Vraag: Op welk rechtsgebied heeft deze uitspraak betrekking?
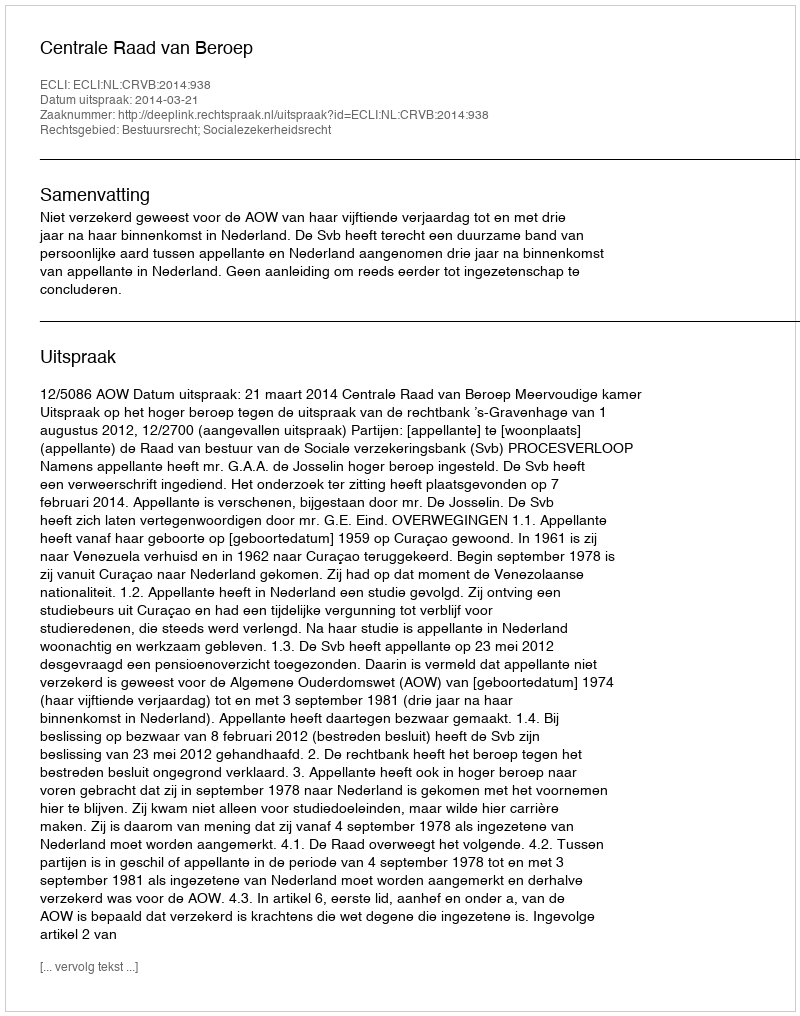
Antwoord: Bestuursrecht; Socialezekerheidsrecht